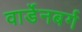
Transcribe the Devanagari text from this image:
वार्डेनबर्ग